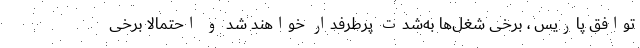
توافق پاریس ، برخی شغل‌ها به‌شدت پرطرفدار خواهند شد و احتمالا برخی